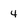
Character: 4